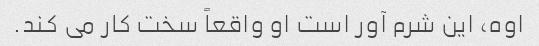
اوه، این شرم آور است او واقعاً سخت کار می کند.